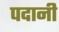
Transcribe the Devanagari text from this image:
पदानी